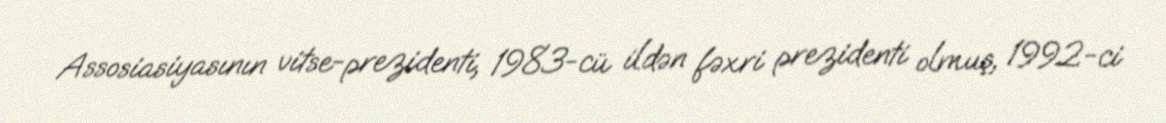
Assosiasiyasının vitse-prezidenti, 1983-cü ildən fəxri prezidenti olmuş, 1992-ci